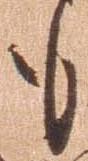
も